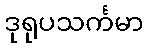
ဒုရုပသင်္ကမာ